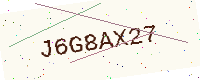
Text: J6G8AX27